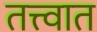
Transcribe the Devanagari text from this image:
तत्त्वात